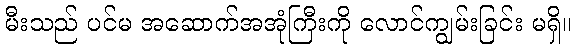
မီးသည် ပင်မ အဆောက်အအုံကြီးကို လောင်ကျွမ်းခြင်း မရှိ။